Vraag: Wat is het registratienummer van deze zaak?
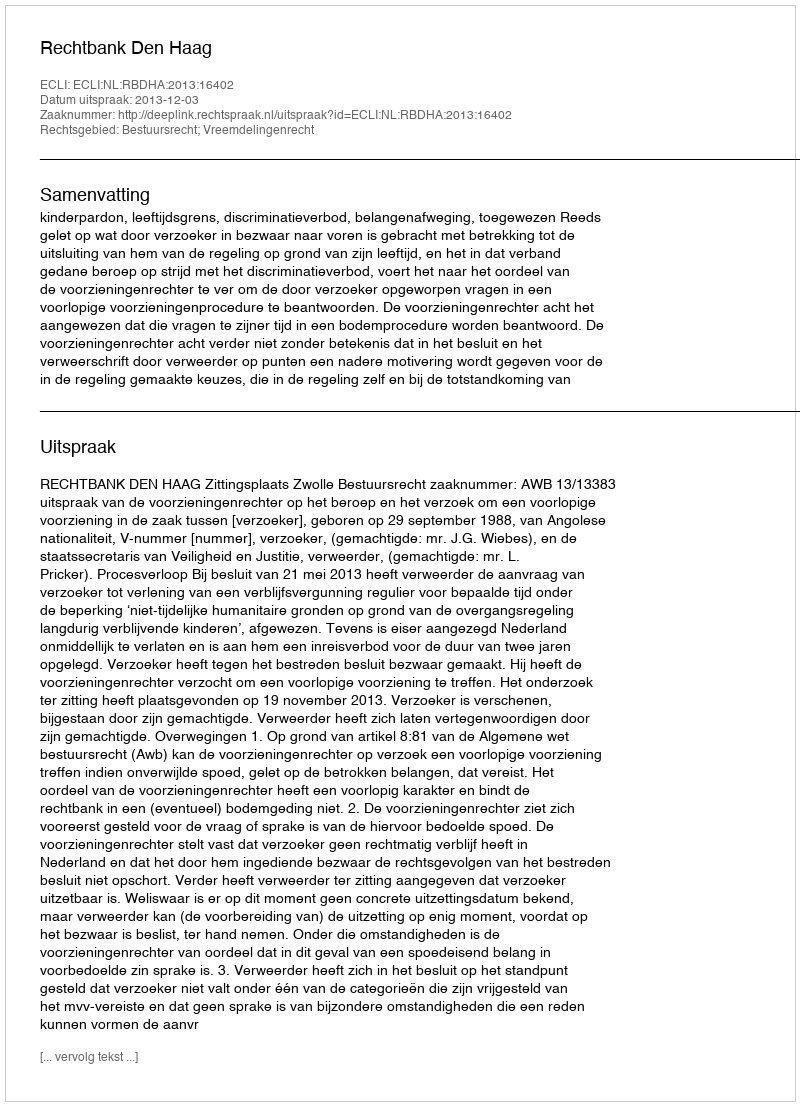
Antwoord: http://deeplink.rechtspraak.nl/uitspraak?id=ECLI:NL:RBDHA:2013:16402